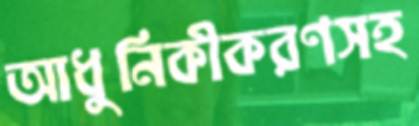
আধুনিকীকরণসহ